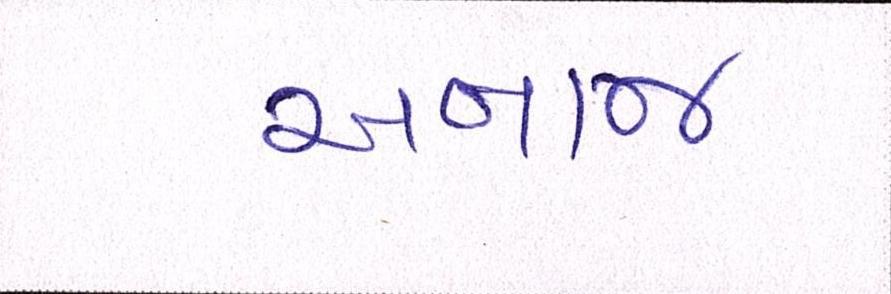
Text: અનાજ